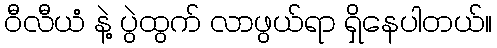
ဝီလီယံ နဲ့ ပွဲထွက် လာဖွယ်ရာ ရှိနေပါတယ်။